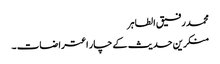
محمد رفیق الطاہر
منکرین حدیث کے چار اعتراضات ۔